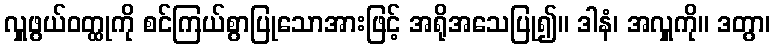
လှူဖွယ်ဝတ္ထုကို စင်ကြယ်စွာပြုသောအားဖြင့် အရိုအသေပြု၍။ ဒါနံ၊ အလှူကို။ ဒတွာ၊